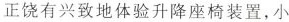
正饶有兴致地体验升降座椅装置，小